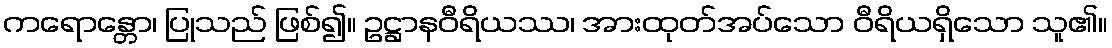
ကရောန္တော၊ ပြုသည် ဖြစ်၍။ ဥဋ္ဌာနဝီရိယဿ၊ အားထုတ်အပ်သော ဝီရိယရှိသော သူ၏။